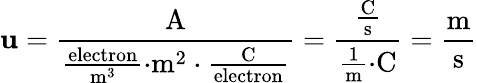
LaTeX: \mathbf{u}={\frac{{\mathrm{{A}}}}{{{\frac{{\mathrm{{electron}}}}{{{\mathrm{{m}}}^{3}}}}{\cdot}{\mathrm{{m}}}^{2}\cdot{\frac{{\mathrm{{C}}}}{{\mathrm{{electron}}}}}}}}={\frac{{\frac{{\mathrm{{C}}}}{{\mathrm{{s}}}}}}{{{\frac{{1}}{{\mathrm{{m}}}}}{\cdot}{\mathrm{{C}}}}}}={\frac{{\mathrm{{m}}}}{{\mathrm{{s}}}}}